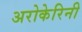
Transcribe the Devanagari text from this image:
अरोकेरिनी